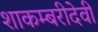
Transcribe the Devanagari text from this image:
शाकम्बरीदेवी